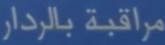
مراقبة بالرادار